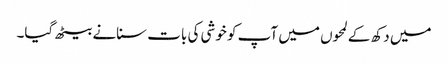
میں دکھ کے لمحوں میں آپ کو خوشی کی بات سنانے بیٹھ گیا۔